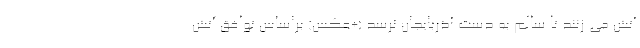
آتش می زنند تا سالم به دست آذربایجان نرسد (+عکس) براساس توافق آتش